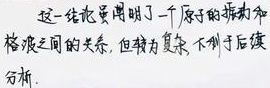
这一结论虽阐明了一个原子的振动和格波之间的关系，但较为复杂，不利于后续分析。